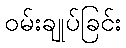
ဝမ်းချုပ်ခြင်း